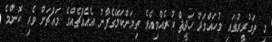
މި ތަގުރީރުގައި މުހައްމަދު ހަދީޘް ކުރެއްވިއެވެ ތިމަންކަލޭގެފާނު އެއެއްޗެއްގެ މައްޗަށް ވެރި ކޮންމެ